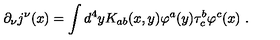
\partial _ { \nu } j ^ { \nu } ( x ) = \int d ^ { 4 } y K _ { a b } ( x , y ) \varphi ^ { a } ( y ) \tau _ { c } ^ { b } \varphi ^ { c } ( x ) \ .